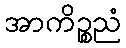
အာကိဉ္စညံ